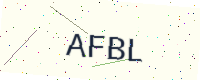
Text: AFBL